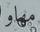
مھاو